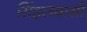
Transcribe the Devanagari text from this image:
सिंहलवासी